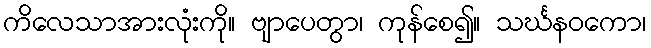
ကိလေသာအားလုံးကို။ ဗျာပေတွာ၊ ကုန်စေ၍။ သင်္ဃနဝကော၊